Vaccination returns of the Province of Eastern Bengal and Assam - 1905-1912
Year: 1905
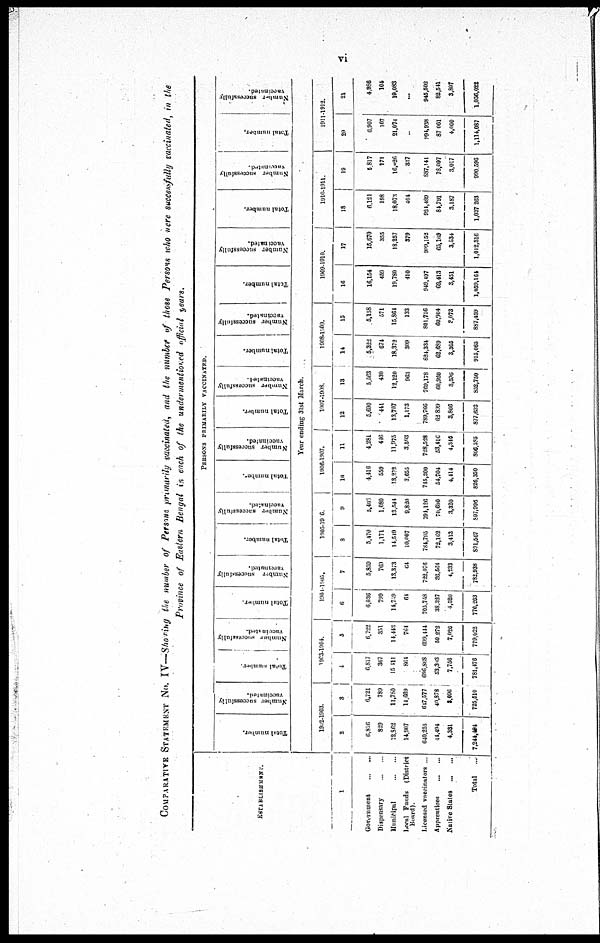
vi
COMPARATIVE STATEMENT No. IV —Showing the number of Persons primarily vaccinated, and the number of those Persons who were successfully vaccinated, in the
Province of Eastern Bengal in each of the undermentioned official years.
ESTABLISHMENT.
1
Government
...
...
Dispensary
...
...
Municipal
...
...
Local Funds (District
Board).
Licensed vaccinators ...
Apprentices
...
...
Native States
...
...
Total ...
PERSONS PRIMARILY VACCINATED.
Total number.
Number successfully
vaccinated.
Total number
Number successfully
vaccinated.
Total number.
Number
successfully
vaccinated.
Total number.
Number successfully
vaccinated.
Total number
Number successfully
vaccinated.
Total number.
Number successfully
vaccinated.
Total number.
Number successfully
vaccinated.
Total number.
Number successfully
vaccinated.
Total number.
Number successfully
vaccinated.
Total number.
Number successfully
vaccinated.
Year ending 31st March.
1902-1903.
2
6,816
829
12,862
14,907
640,255
44,494
4,331
7,244,494
3
6,721
789
11,780
14,669
617,577
40,878
3,096
725,510
1903-1904.
4
6,817
367
15,411
861
696, 868
53,303
7,756
781,476
5
6,722
351
14,443
764
699,444
50,272
7,026
779,022
1904-1905.
6
6,036
799
14,709
61
705,758
38,327
4,520
770,263
7
5,859
769
13,373
64
722,076
36,564
4,233
782,938
1905-1906.
8
5,470
1,171
14,549
10,007
784,795
72,162
3,413
891,567
9
5,403
1,080
13,544
9,820
794,126
70,600
3,320
897,996
1906-1907.
10
4,416
559
13,202
3,655
715,300
54,704
4,414
826,350
11
4,281
446
11,975
3,503
728,528
53,410
4,346
806,385
1907-1908.
12
5,690
441
13,707
1,173
789,766
62,899
3,866
877,632
13
5,563
430
12,120
963
769,178
60,920
3,596
852,750
1908-1909.
14
5,322
674
18,372
309
824,334
62,689
3,365
915,065
15
5,158
571
15,864
133
801,756
60,904
8,073
887,459
1909-1910.
16
16,154
459
19,780
410
949,497
69,413
3,451
1,059,164
17
15,670
355
18,257
379
999,152
65,169
3,834
1,012,316
1910-1911.
18
6,121
198
18,073
404
921,489
84,791
3,187
1,037 263
19
5,817
171
16,026
337
887,141
78,097
3,017
990,596
1911-1912.
20
6,907
107
21,074
...
994,938
87,061
4,000
1,114,087
21
4,986
104
19,083
...
945,502
82,541
3,807
1,056,022